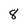
Character: 8